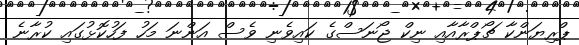
ޕްރިޔަންކާ ޗޯޕްރާއާއި ނިކް ޖޯނަސްގެ ކައިވެނި ވެސް އަންނަ މަހު ފަހުކޮޅުގައި ކުރާނެ